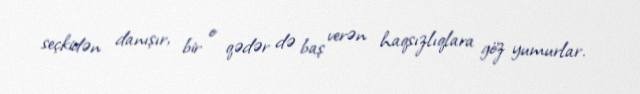
seçkidən danışır, bir o qədər də baş verən haqsızlıqlara göz yumurlar.